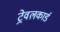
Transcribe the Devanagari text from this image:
ट्रेवलकार्ड